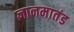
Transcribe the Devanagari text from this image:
ज्ञानमातंड